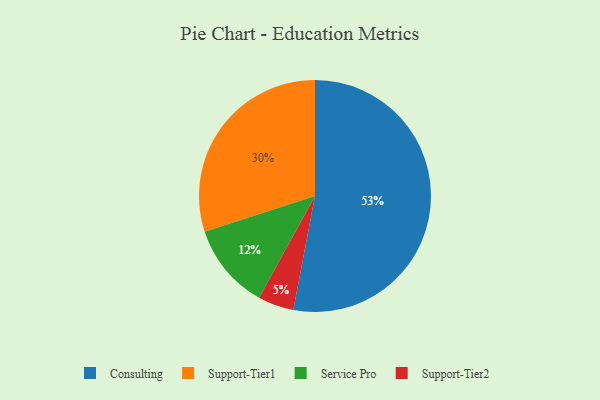
{"axis": {"x": "Category", "y": "Percentage"}, "legend": ["Consulting", "Service Pro", "Support-Tier1", "Support-Tier2"], "data": [{"x": "Support-Tier1", "y": 30, "type": "Support-Tier1"}, {"x": "Service Pro", "y": 12, "type": "Service Pro"}, {"x": "Consulting", "y": 53, "type": "Consulting"}, {"x": "Support-Tier2", "y": 5, "type": "Support-Tier2"}]}